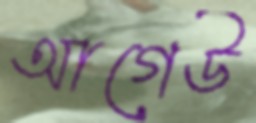
আগেউ